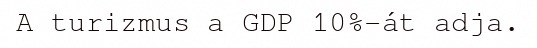
A turizmus a GDP 10%-át adja.